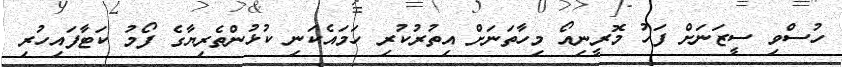
ހުސްވި ސީޒަނަށް ފަހު މޮރީނިއޯ މިހާތަނަށް އިތުރުކުރި ހަމައެކަނި ކުޅުންތެރިޔާގެ ފޯމު ކަޓާފައިހުރި